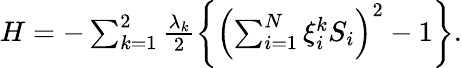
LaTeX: \begin{array}{r}{H=-\sum_{k=1}^{2}\frac{\lambda_{k}}{2}\left\{ \left(\sum_{i=1}^{N}\xi_{i}^{k}S_{i}\right)^{2}-1\right\} .}\end{array}